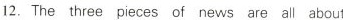
12.The three pieces of news are all about